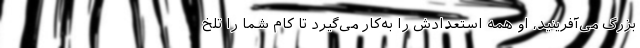
بزرگ می‌آفرینید، او همه استعدادش را به‌کار می‌گیرد تا کام شما را تلخ